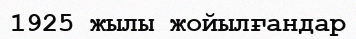
1925 жылы жойылғандар